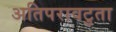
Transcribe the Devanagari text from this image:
अतिपरावटुता